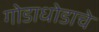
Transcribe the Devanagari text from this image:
गोडाधोडाचे